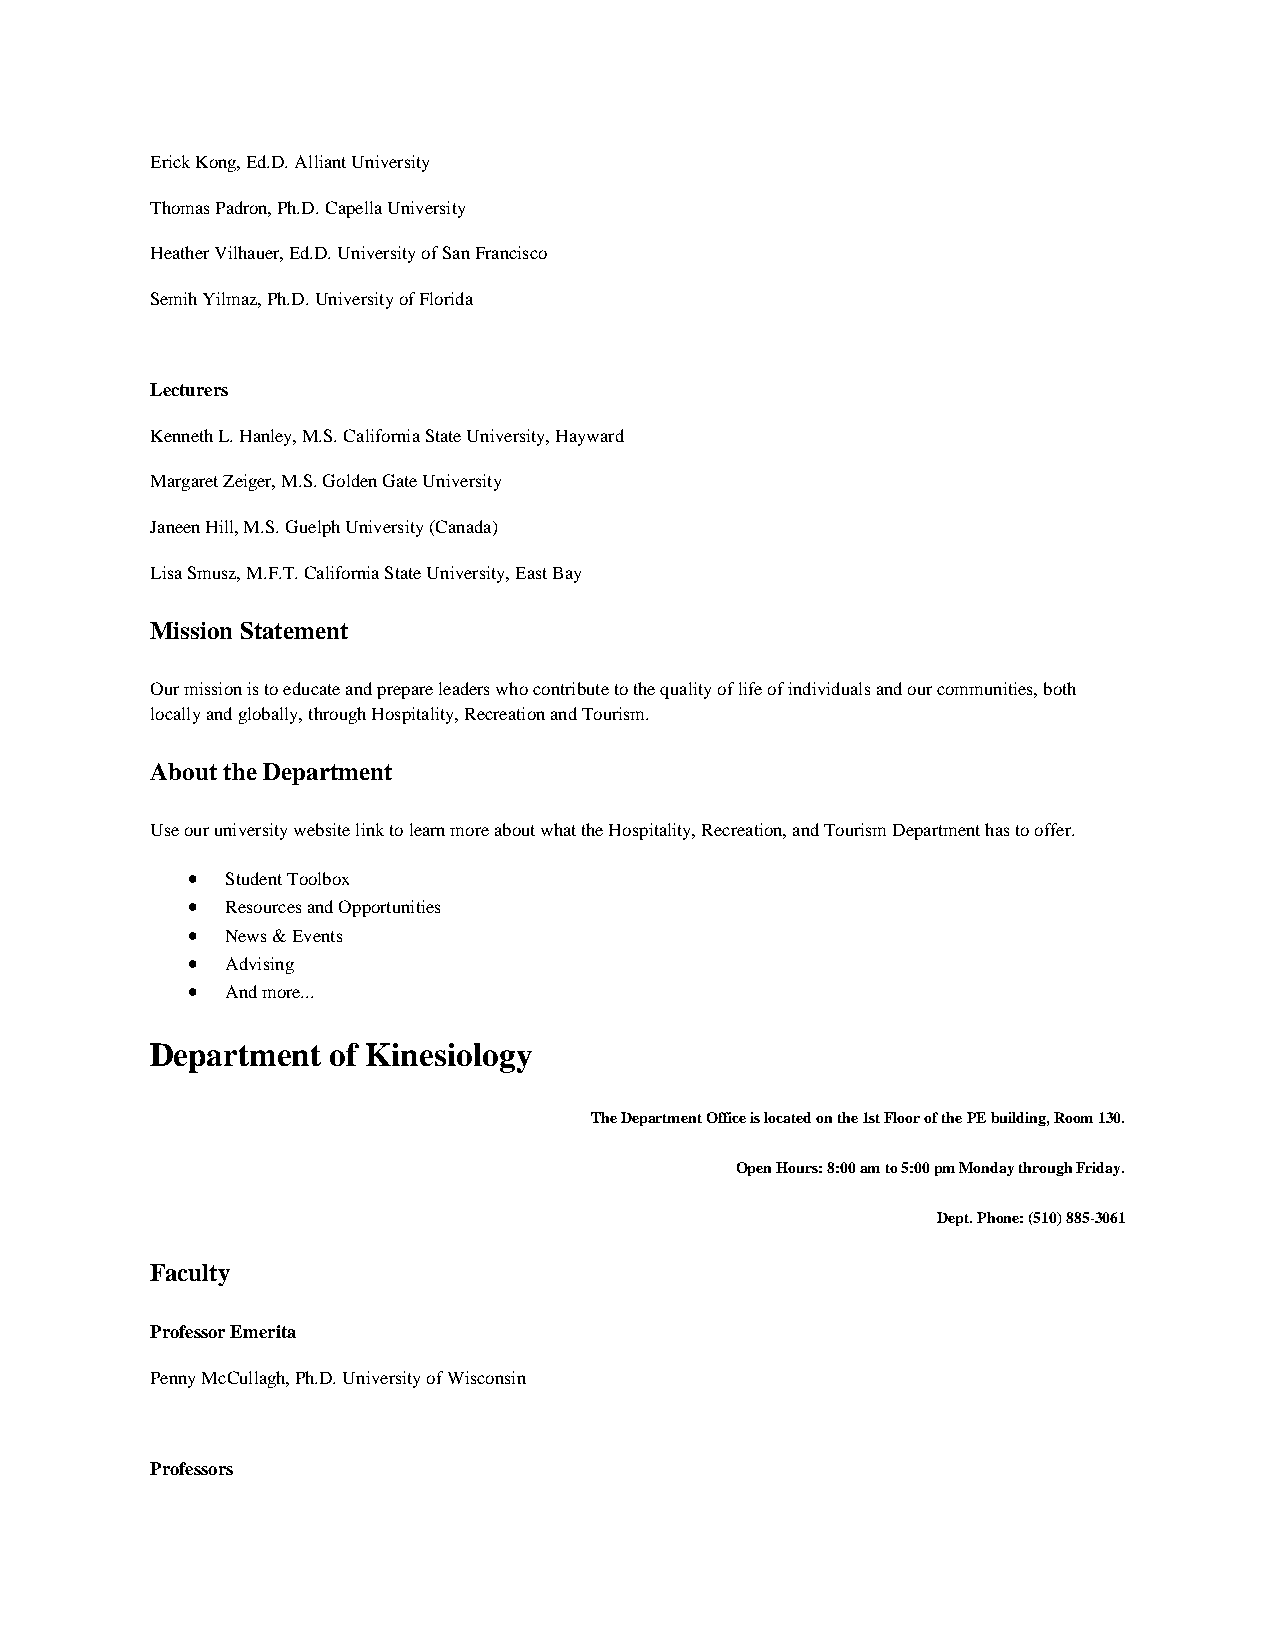
Erick Kong, Ed.D. Alliant University
 Thomas Padron, Ph.D. Capella University
 Heather Vilhauer, Ed.D. University of San Francisco
 Semih Yilmaz, Ph.D. University of Florida
 Lecturers
 Kenneth L. Hanley, M.S. California State University, Hayward
 Margaret Zeiger, M.S. Golden Gate University
 Janeen Hill, M.S. Guelph University (Canada)
 Lisa Smusz, M.F.T. California State University, East Bay
 Mission Statement
 Our mission is to educate and prepare leaders who contribute to the quality of life of individuals and our communities, both
 locally and globally, through Hospitality, Recreation and Tourism.
 About the Department
 Use our university website link to learn more about what the Hospitality, Recreation, and Tourism Department has to offer.
 •  Student Toolbox
 •  Resources and Opportunities
 •  News & Events
 •  Advising
 •  And more...
 Department  of Kinesiology
 The Department Office is located on the 1st Floor of the PE building, Room 130.
 Open Hours: 8:00 am to 5:00 pm Monday through Friday.
 Dept. Phone: (510) 885-3061
 Faculty
 Professor Emerita
 Penny McCullagh, Ph.D. University of Wisconsin
 Professors